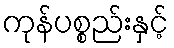
ကုန်ပစ္စည်းနှင့်